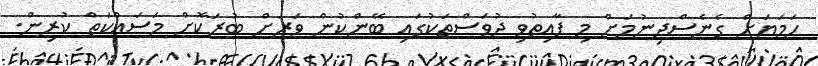
ހަމަޔަށް ގެނެސްދިނުމަށް މި ފާއިތުވި ދުވަސްތަކުގައި ބޭންކުން ވަރަށް ބުރަކޮށް މަސައްކަތް ކުރިން.